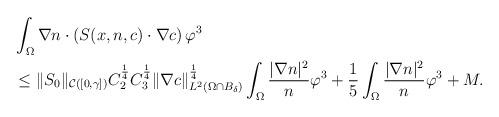
LaTeX: \begin{align*}\begin{aligned}&\int_{\Omega} \nabla n \cdot (S(x,n,c) \cdot \nabla c ) \,\varphi^{3}\\&\le \|S_{0}\|_{\mathcal{C}([0,\gamma])}C_{2}^{\frac{1}{4}}C_{3}^{\frac{1}{4}} \|\nabla c\|_{L^{2}(\Omega\cap B_{\delta})}^{\frac{1}{4}} \int_{\Omega} \frac{|\nabla n|^{2}}{n}\varphi^{3} +\frac{1}{5} \int_{\Omega} \frac{|\nabla n|^{2}}{n}\varphi^{3} +M.\end{aligned}\end{align*}